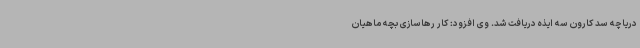
دریاچه سد کارون سه ایذه دریافت شد. وی افزود: کار رهاسازی بچه ماهیان